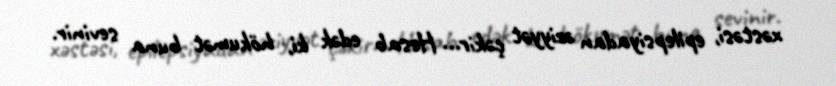
xəstəsi, epilepsiyadan əziyyət çəkir... Hesab edək ki, hökumət buna sevinir.